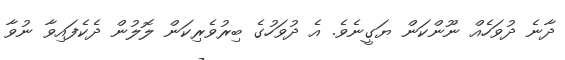
ދާނެ ދުވަހެއް ނޫންކަން ޔަގީނެވެ. އެ ދުވަހުގެ ބިރުވެރިކަން ލޮލުން ދެކެފައިވާ ނުވާ